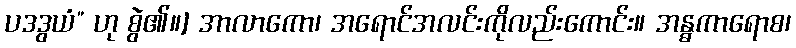
ပဒဒွယံ” ဟု စွဲ၏။] အာလာကော၊ အရောင်အလင်းကိုလည်းကောင်း။ အန္ဓကာရောစ၊